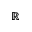
\mathbb { R }